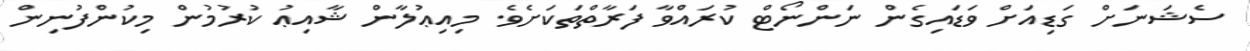
ސެޝަނަށް ގަޑިއަށް ވަޑައިގެން ނަންނޯޓް ކުރައްވާ ފަރާތްތަކަށެވެ. މިއިޢުލާން ޝާއިޢު ކުރުމުން މިކުންފުނިން